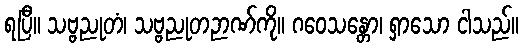
ရပြီ။ သဗ္ဗညုတံ၊ သဗ္ဗညုတဉာဏ်ကို။ ဂဝေသန္တော၊ ရှာသော ငါသည်။